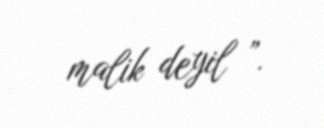
malik deyil ”.